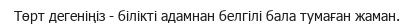
Төрт дегеніңіз - білікті адамнан белгілі бала тумаған жаман.